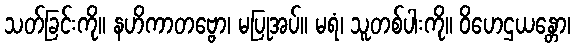
သတ်ခြင်းကို။ နဟိကာတဗ္ဗော၊ မပြုအပ်။ မရံ၊ သူတစ်ပါးကို။ ဝိဟေဌယန္တော၊